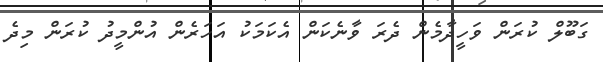
ގަބޫލް ކުރަން ވަހީދާމެން ދެރަ ވާނެކަން އެކަމަކު އަހަރެން އުންމީދު ކުރަން މިދެ